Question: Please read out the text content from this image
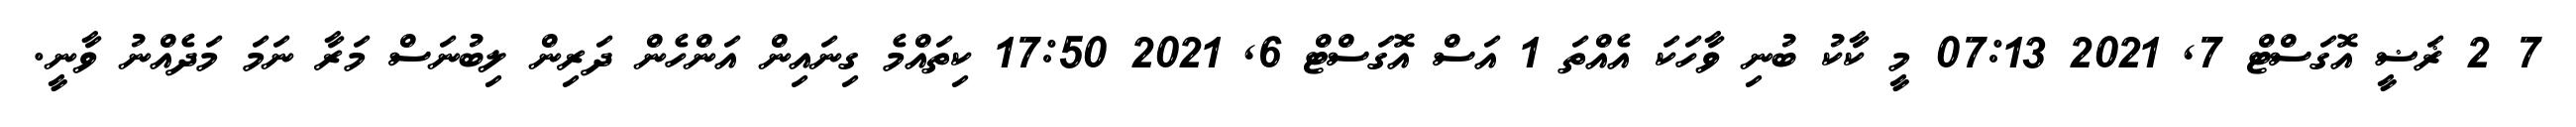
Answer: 7 2 ޜަޟީ އޮގަސްޓް 7, 2021 07:13 މީ ކާކު ބުނި ވާހަކަ އެއްތަ 1 އަސް އޮގަސްޓް 6, 2021 17:50 ކިތައްމެ ގިނައިން އަންހެން ދަރިން ލިބުނަސް މަރާ ނަމަ މަދެއްނު ވާނީ.